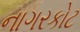
નાગરકોટ